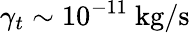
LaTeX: \gamma_{t}\sim 10^{-11}~\mathrm{kg/s}